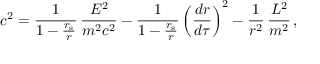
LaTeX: c ^ { 2 } = { \frac { 1 } { 1 - { \frac { r _ { \mathrm { { s } } } } { r } } } } \, { \frac { E ^ { 2 } } { m ^ { 2 } c ^ { 2 } } } - { \frac { 1 } { 1 - { \frac { r _ { \mathrm { { s } } } } { r } } } } \left( { \frac { d r } { d \tau } } \right) ^ { 2 } - { \frac { 1 } { r ^ { 2 } } } \, { \frac { L ^ { 2 } } { m ^ { 2 } } } \, ,